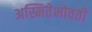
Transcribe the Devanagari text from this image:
अस्मितेभोवती